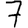
Digit: 7